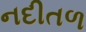
નદીતળ